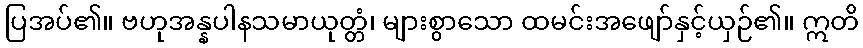
ပြအပ်၏။ ဗဟုအန္နပါနသမာယုတ္တံ၊ များစွာသော ထမင်းအဖျော်နှင့်ယှဉ်၏။ ဣတိ